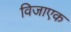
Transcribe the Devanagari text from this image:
विजाएक